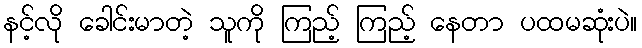
နင့်လို ခေါင်းမာတဲ့ သူကို ကြည့် ကြည့် နေတာ ပထမဆုံးပဲ။